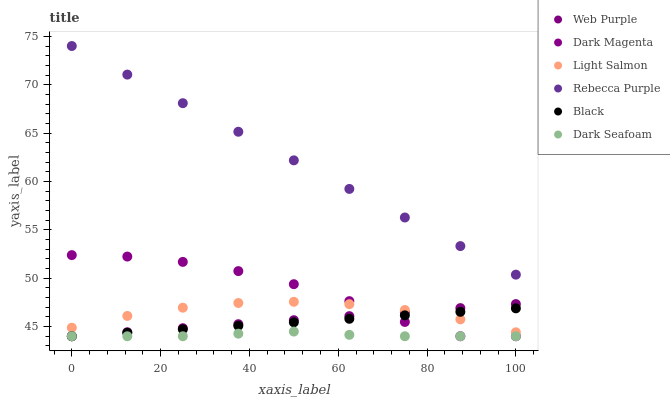
| xaxis_label | Web Purple | Dark Magenta | Light Salmon | Rebecca Purple | Black | Dark Seafoam |
 | --- | --- | --- | --- | --- | --- | --- |
 | 0 | 44 | 52.4 | 44.9 | 74 | 44 | 44 |
 | 12.5 | 44.4 | 52.2 | 46.1 | 71 | 44.4 | 44 |
 | 25 | 44.8 | 51.7 | 47 | 68.1 | 44.7 | 44 |
 | 37.5 | 45.2 | 50.7 | 47.4 | 65.1 | 45.1 | 44.3 |
 | 50 | 45.7 | 49.4 | 47.6 | 62.2 | 45.4 | 44.5 |
 | 62.5 | 46.1 | 47.6 | 47.3 | 59.2 | 45.8 | 44.1 |
 | 75 | 46.5 | 45.5 | 46.7 | 56.3 | 46.2 | 44 |
 | 87.5 | 46.9 | 44 | 45.7 | 53.3 | 46.5 | 44 |
 | 100 | 47.3 | 44 | 44.4 | 50.4 | 46.9 | 44 |